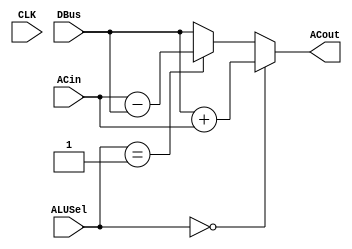
//Written By: Jayden
module ArithmeticLogicUnit(
	input [7:0] DBus, ACin,
	input [1:0] ALUSel, 
	input CLK,
	output reg [7:0] ACout
);

	always @(*) begin
		if (ALUSel == 0)				// addition mode
			ACout <= DBus + ACin;
		else if(ALUSel == 1)			// subtraction mode
			ACout <= ACin - DBus;
		else								// load mode
			ACout <= DBus;
	end
endmodule